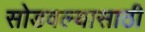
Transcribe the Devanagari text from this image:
सोडवल्यासाठी